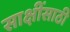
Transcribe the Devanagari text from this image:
साक्षींसाठी